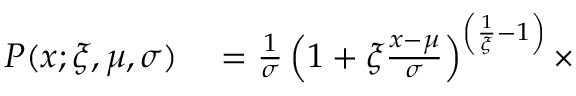
\begin{array} { r l } { P ( x ; \xi , \mu , \sigma ) } & { { } = \frac { 1 } { \sigma } \left( 1 + \xi \frac { x - \mu } { \sigma } \right) ^ { \left( \frac { 1 } { \xi } - 1 \right) } \times } \end{array}